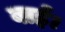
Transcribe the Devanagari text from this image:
बाई।